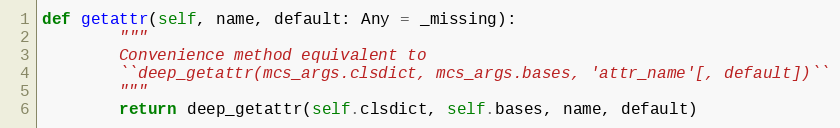
Language: Python
def getattr(self, name, default: Any = _missing):
        """
        Convenience method equivalent to
        ``deep_getattr(mcs_args.clsdict, mcs_args.bases, 'attr_name'[, default])``
        """
        return deep_getattr(self.clsdict, self.bases, name, default)